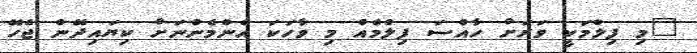
"މި ފިލްމަކީ ވަރަށް ހާއްސަ ފިލްމެއް މި ވާހަކަ އެންމެންނަށް ކިޔައިދޭން ޖެހޭ